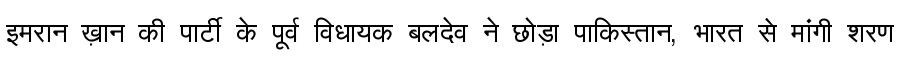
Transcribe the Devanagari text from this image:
इमरान ख़ान की पार्टी के पूर्व विधायक बलदेव ने छोड़ा पाकिस्तान, भारत से मांगी शरण